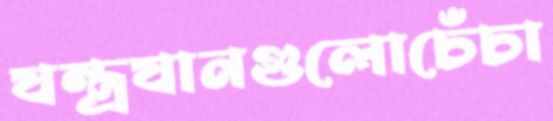
যন্ত্রযানগুলোচেঁচা